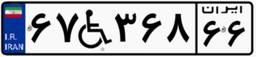
۶۷W۳۶۸۶۶